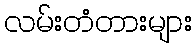
လမ်းတံတားများ